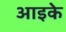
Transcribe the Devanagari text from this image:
आइके